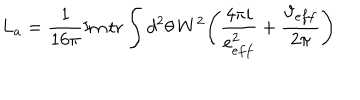
LaTeX: L _ { a } = \frac { 1 } { 1 6 \pi } \mathrm { I m } \, \mathrm { t r } \int d ^ { 2 } \theta \, W ^ { 2 } \Bigg ( \frac { 4 \pi i } { e _ { e f f } ^ { 2 } } + \frac { \vartheta _ { e f f } } { 2 \pi } \Bigg )